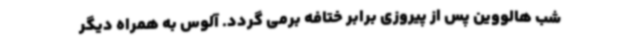
شب هالووین پس از پیروزی برابر ختافه برمی گردد. آلوس به همراه دیگر